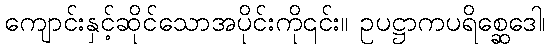
ကျောင်းနှင့်ဆိုင်သောအပိုင်းကို၎င်း။ ဥပဋ္ဌာကပရိစ္ဆေဒေါ၊